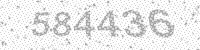
Solution: 584436